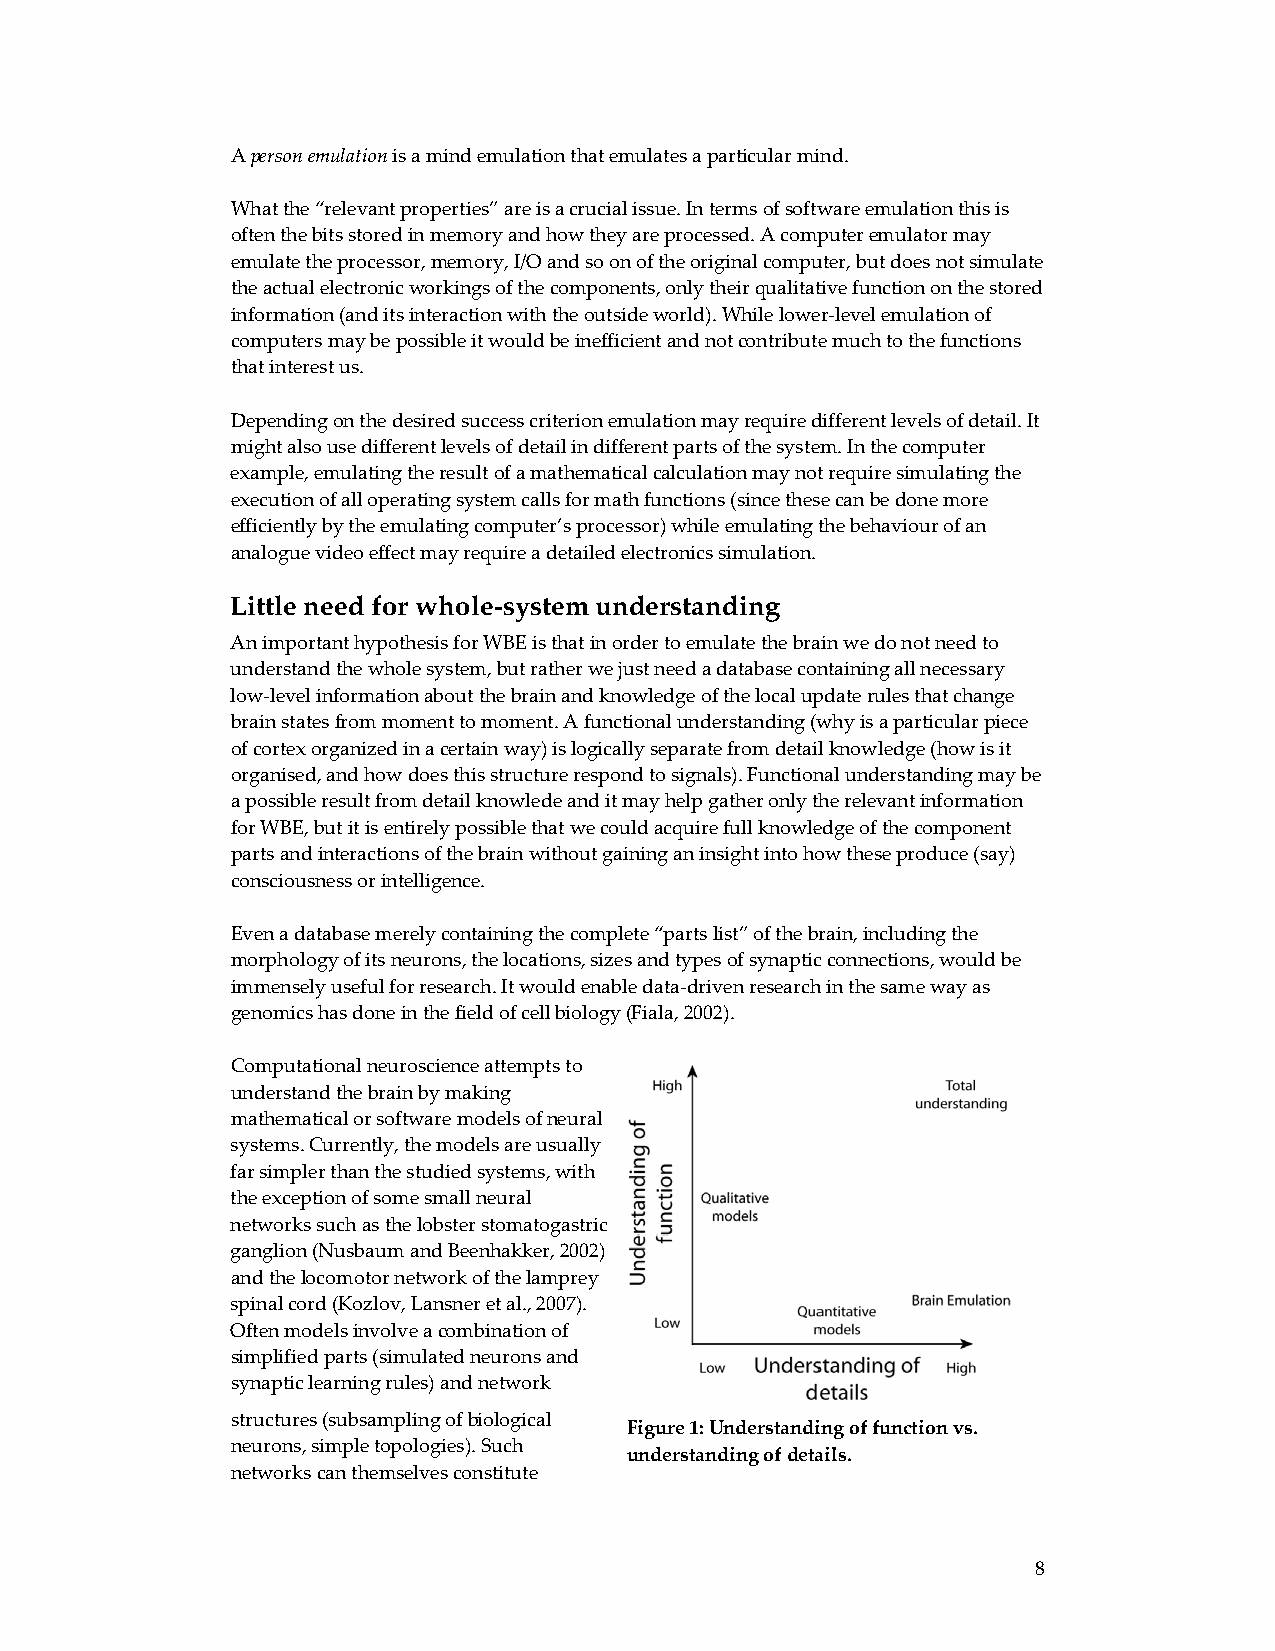
A person emulation is a mind emulation that emulates a particular mind.
 What the “relevant properties” are is a crucial issue. In terms of software emulation this is
 often the bits stored in memory and how they are processed. A computer emulator may
 emulate the processor, memory, I/O and so on of the original computer, but does not simulate
 the actual electronic workings of the components, only their qualitative function on the stored
 information (and its interaction with the outside world). While lower‐level emulation of
 computers may be possible it would be inefficient and not contribute much to the functions
 that interest us.
 Depending on the desired success criterion emulation may require different levels of detail. It
 might also use different levels of detail in different parts of the system. In the computer
 example, emulating the result of a mathematical calculation may not require simulating the
 execution of all operating system calls for math functions (since these can be done more
 efficiently by the emulating computer’s processor) while emulating the behaviour of an
 analogue video effect may require a detailed electronics simulation.
 Little need for whole-system understanding
 An important hypothesis for WBE is that in order to emulate the brain we do not need to
 understand the whole system, but rather we just need a database containing all necessary
 low‐level information about the brain and knowledge of the local update rules that change
 brain states from moment to moment. A functional understanding (why is a particular piece
 of cortex organized in a certain way) is logically separate from detail knowledge (how is it
 organised, and how does this structure respond to signals). Functional understanding may be
 a possible result from detail knowlede and it may help gather only the relevant information
 for WBE, but it is entirely possible that we could acquire full knowledge of the component
 parts and interactions of the brain without gaining an insight into how these produce (say)
 consciousness or intelligence.
 Even a database merely containing the complete “parts list” of the brain, including the
 morphology of its neurons, the locations, sizes and types of synaptic connections, would be
 immensely useful for research. It would enable data‐driven research in the same way as
 genomics has done in the field of cell biology (Fiala, 2002).
 Computational neuroscience attempts to
 understand the brain by making
 mathematical or software models of neural
 systems. Currently, the models are usually
 far simpler than the studied systems, with
 the exception of some small neural
 networks such as the lobster stomatogastric
 ganglion (Nusbaum and Beenhakker, 2002)
 and the locomotor network of the lamprey
 spinal cord (Kozlov, Lansner et al., 2007).
 Often models involve a combination of
 simplified parts (simulated neurons and
 synaptic learning rules) and network
 structures (subsampling of biological
 Figure 1: Understanding of function vs.
 neurons, simple topologies). Such
 understanding of details.
 networks can themselves constitute
 8